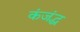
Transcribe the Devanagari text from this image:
कंजंद्ध